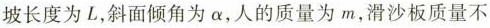
坡长度为L，斜面倾角为α，人的质量为m，滑沙板质量不